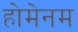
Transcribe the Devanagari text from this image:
होमेनम